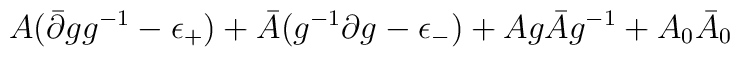
A(\bar{\partial}gg^{-1}-\epsilon_{+})+\bar{A}(g^{-1}\partial g-\epsilon_{-})+Ag\bar{A}g^{-1} + A_0 \bar A_0